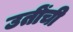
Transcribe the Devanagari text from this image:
उतींची